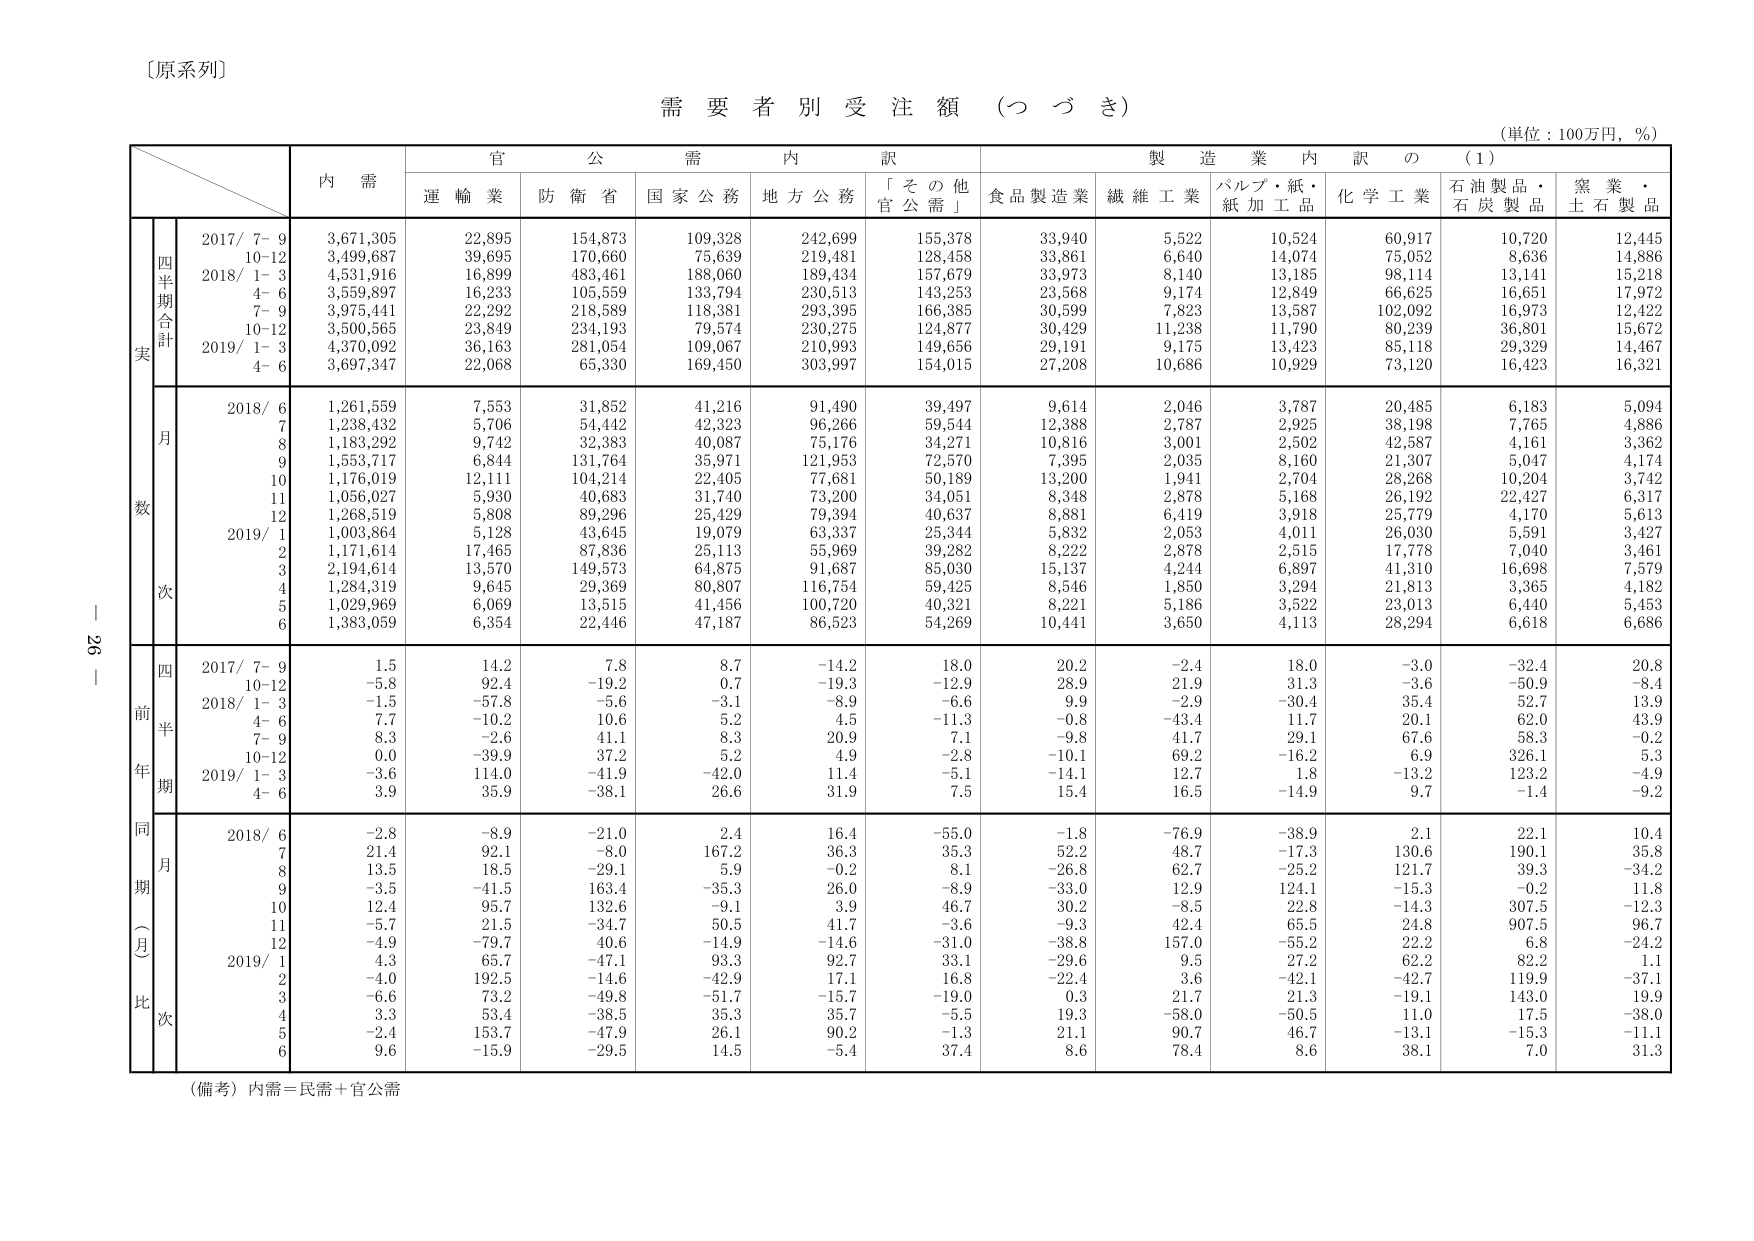
〔原系列〕

需要者別受注額（つづき）

（単位：100万円，％）

内 需
官 公 需 内 訳
製 造 業 内 訳 の （1）

運 輸 業 防 衛 省 国 家 公 務 地 方 公 務 「そ の 他 官 公 需」 食 品 製 造 業 繊 維 工 業 パルプ・紙・紙 加 工 品 化 学 工 業 石 油 製 品・石 炭 製 品 窯 業・土 石 製 品

四半期合計
実
2017/ 7- 9 3,671,305 22,895 154,873 109,328 242,699 155,378 33,940 5,522 10,524 60,917 10,720 12,445
10-12 3,499,687 39,695 170,660 75,639 219,481 128,458 33,861 6,640 14,074 75,052 8,636 14,886
2018/ 1- 3 4,531,916 16,899 483,461 188,060 189,434 157,679 33,973 8,140 13,185 98,114 13,141 15,218
4- 6 3,559,897 16,233 105,559 133,794 230,513 143,253 23,568 9,174 12,849 66,625 16,651 17,972
7- 9 3,975,441 22,292 218,589 118,381 293,395 166,385 30,599 7,823 13,587 102,092 16,973 12,422
10-12 3,500,565 23,849 234,193 79,574 230,275 124,877 30,429 11,238 11,790 80,239 36,801 15,672
2019/ 1- 3 4,370,092 36,163 281,054 109,067 210,993 149,656 29,191 9,175 13,423 85,118 29,329 14,467
4- 6 3,697,347 22,068 65,330 169,450 303,997 154,015 27,208 10,686 10,929 73,120 16,423 16,321

月
数
2018/ 6 1,261,559 7,553 31,852 41,216 91,490 39,497 9,614 2,046 3,787 20,485 6,183 5,094
7 1,238,432 5,706 54,442 42,323 96,266 59,544 12,388 2,787 2,925 38,198 7,765 4,886
8 1,183,292 9,742 32,383 40,087 75,176 34,271 10,816 3,001 2,502 42,587 4,161 3,362
9 1,553,717 6,844 131,764 35,971 121,953 72,570 7,395 2,035 8,160 21,307 5,047 4,174
10 1,176,019 12,111 104,214 22,405 77,681 50,189 13,200 1,941 2,704 28,268 10,204 3,742
11 1,056,027 5,930 40,683 31,740 73,200 34,051 8,348 2,878 5,168 26,192 22,427 6,317
12 1,268,519 5,808 89,296 25,429 79,394 40,637 8,881 6,419 3,918 25,779 4,170 5,613
2019/ 1 1,003,864 5,128 43,645 19,079 63,337 25,344 5,832 2,053 4,011 26,030 5,591 3,427
2 1,171,614 17,465 87,836 25,113 55,969 39,282 8,222 2,878 2,515 17,778 7,040 3,461
3 2,194,614 13,570 149,573 64,875 91,687 85,030 15,137 4,244 6,897 41,310 16,698 7,579
4 1,284,319 9,645 29,369 80,807 116,754 59,425 8,546 1,850 3,294 21,813 3,365 4,182
5 1,029,969 6,069 13,515 41,456 100,720 40,321 8,221 5,186 3,522 23,013 6,440 5,453
6 1,383,059 6,354 22,446 47,187 86,523 54,269 10,441 3,650 4,113 28,294 6,618 6,686

四
前
半
年
期
2017/ 7- 9 1.5 14.2 7.8 8.7 -14.2 18.0 20.2 -2.4 18.0 -3.0 -32.4 20.8
10-12 -5.8 92.4 -19.2 0.7 -19.3 -12.9 28.9 21.9 31.3 -3.6 -50.9 -8.4
2018/ 1- 3 -1.5 -57.8 -5.6 -3.1 -8.9 -6.6 9.9 -2.9 -30.4 35.4 52.7 13.9
4- 6 7.7 -10.2 10.6 5.2 4.5 -11.3 -0.8 -43.4 11.7 20.1 62.0 43.9
7- 9 8.3 -2.6 41.1 8.3 20.9 7.1 -9.8 41.7 29.1 67.6 58.3 -0.2
10-12 0.0 -39.9 37.2 5.2 4.9 -2.8 -10.1 69.2 -16.2 6.9 326.1 5.3
2019/ 1- 3 -3.6 114.0 -41.9 -42.0 11.4 -5.1 -14.1 12.7 1.8 -13.2 123.2 -4.9
4- 6 3.9 35.9 -38.1 26.6 31.9 7.5 15.4 16.5 -14.9 9.7 -1.4 -9.2

同
月
期
（月
比
次
2018/ 6 -2.8 -8.9 -21.0 2.4 16.4 -55.0 -1.8 -76.9 -38.9 2.1 22.1 10.4
7 21.4 92.1 -8.0 167.2 36.3 35.3 52.2 48.7 -17.3 130.6 190.1 35.8
8 13.5 18.5 -29.1 5.9 -0.2 8.1 -26.8 62.7 -25.2 121.7 39.3 -34.2
9 -3.5 -41.5 163.4 -35.3 26.0 -8.9 -33.0 12.9 124.1 -15.3 -0.2 11.8
10 12.4 95.7 132.6 -9.1 3.9 46.7 30.2 -8.5 22.8 -14.3 307.5 -12.3
11 -5.7 21.5 -34.7 50.5 41.7 -3.6 -9.3 42.4 65.5 24.8 907.5 96.7
12 -4.9 -79.7 40.6 -14.9 -14.6 -31.0 -38.8 157.0 -55.2 22.2 6.8 -24.2
2019/ 1 4.3 65.7 -47.1 93.3 92.7 33.1 -29.6 9.5 27.2 62.2 82.2 1.1
2 -4.0 192.5 -14.6 -42.9 17.1 16.8 -22.4 3.6 -42.1 -42.7 119.9 -37.1
3 -6.6 73.2 -49.8 -51.7 -15.7 -19.0 0.3 21.7 21.3 -19.1 143.0 19.9
4 3.3 53.4 -38.5 35.3 35.7 -5.5 19.3 -58.0 -50.5 11.0 17.5 -38.0
5 -2.4 153.7 -47.9 26.1 90.2 -1.3 21.1 90.7 46.7 -13.1 -15.3 -11.1
6 9.6 -15.9 -29.5 14.5 -5.4 37.4 8.6 78.4 8.6 38.1 7.0 31.3

（備考）内需＝民需＋官公需

26